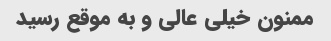
ممنون خیلی عالی و به موقع رسید